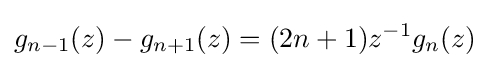
g_{n-1}(z)-g_{n+1}(z)=(2n+1)z^{-1}g_{n}(z)